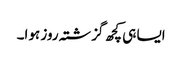
ایسا ہی کچھ گزشتہ روز ہوا۔